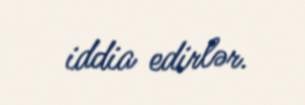
iddia edirlər.